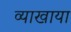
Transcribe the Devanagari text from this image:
व्याखाया